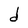
Character: d